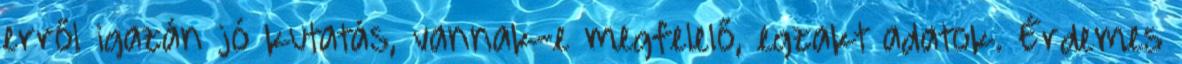
erről igazán jó kutatás, vannak-e megfelelő, egzakt adatok. Érdemes